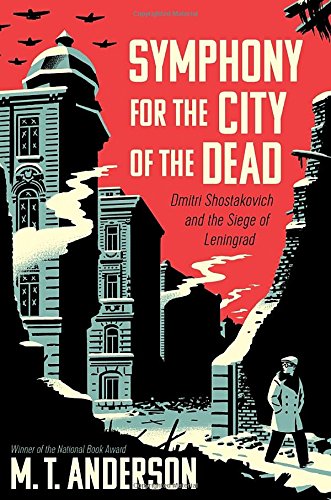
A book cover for Symphony for the City of the Dead: Dmitri Shostakovich and the Siege of Leningrad; M.T. Anderson; Teen & Young Adult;